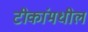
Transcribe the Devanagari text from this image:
टीकांमधील